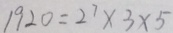
1 9 2 0 = 2 ^ { 7 } \times 3 \times 5